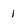
Character: i